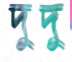
দুদু